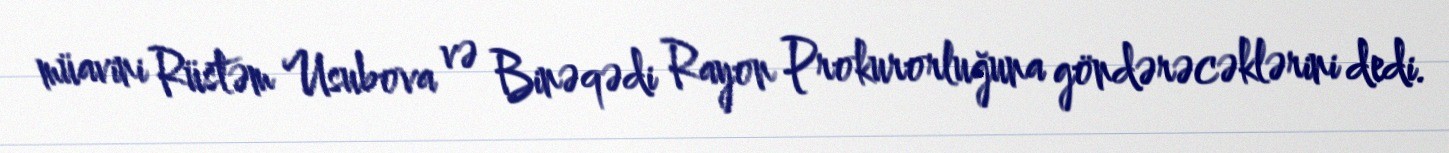
müavini Rüstəm Usubova və Binəqədi Rayon Prokurorluğuna göndərəcəklərini dedi.